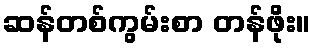
ဆန်တစ်ကွမ်းစာ တန်ဖိုး။